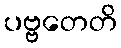
ပဗ္ဗတေတိ